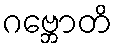
ဂဗ္ဘောတိ